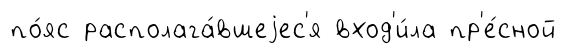
по́яс располага́вшеjес'я вход'и́ла пр'е́сной